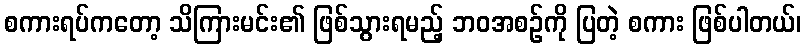
စကားရပ်ကတော့ သိကြားမင်း၏ ဖြစ်သွားရမည့် ဘဝအစဉ်ကို ပြတဲ့ စကား ဖြစ်ပါတယ်၊